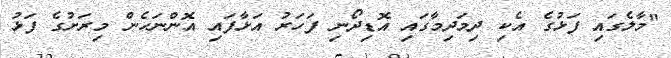
"މާލެގައި ފަޅުގެ އެކި ދިމަދިމާގައި އޮޑިދޯނި ފަހަރު އަޅާފައި އޮންނަހެން މިރަށުގެ ފަޅު